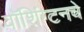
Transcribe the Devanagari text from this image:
वॉशिंग्टनचे